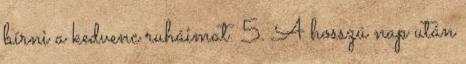
bírni a kedvenc ruháimat. 5. A hosszú nap után